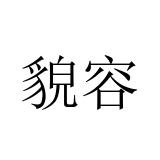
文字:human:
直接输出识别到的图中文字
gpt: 貌容